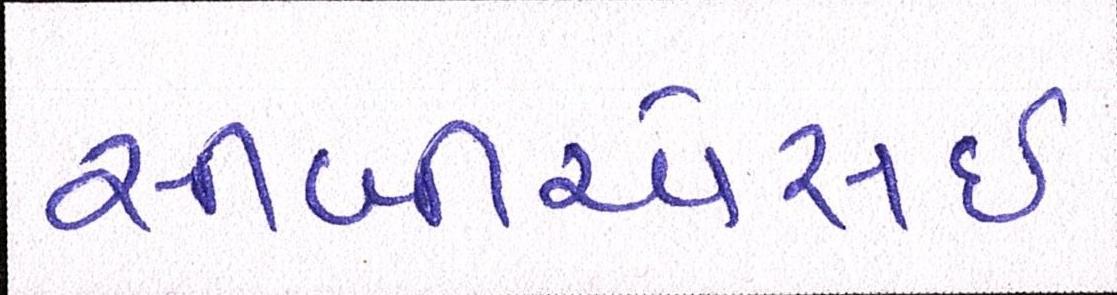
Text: સીબીએસઇ